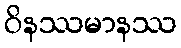
ဝိနဿမာနဿ